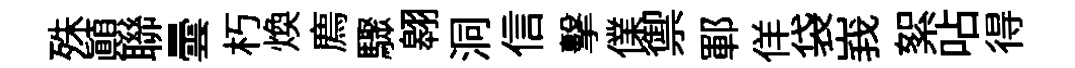
殊顚聯曇朽焕廌驟翱洞信擊㒒禦鄆佯袋峩絮呫得